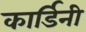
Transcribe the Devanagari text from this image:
कार्डिनी